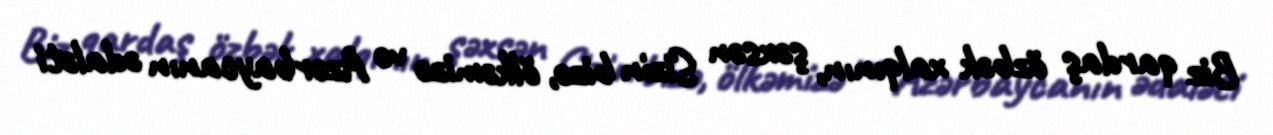
Biz qardaş özbək xalqının, şəxsən Sizin bizə, ölkəmizə və Azərbaycanın ədaləti